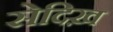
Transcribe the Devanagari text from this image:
सेदिख़